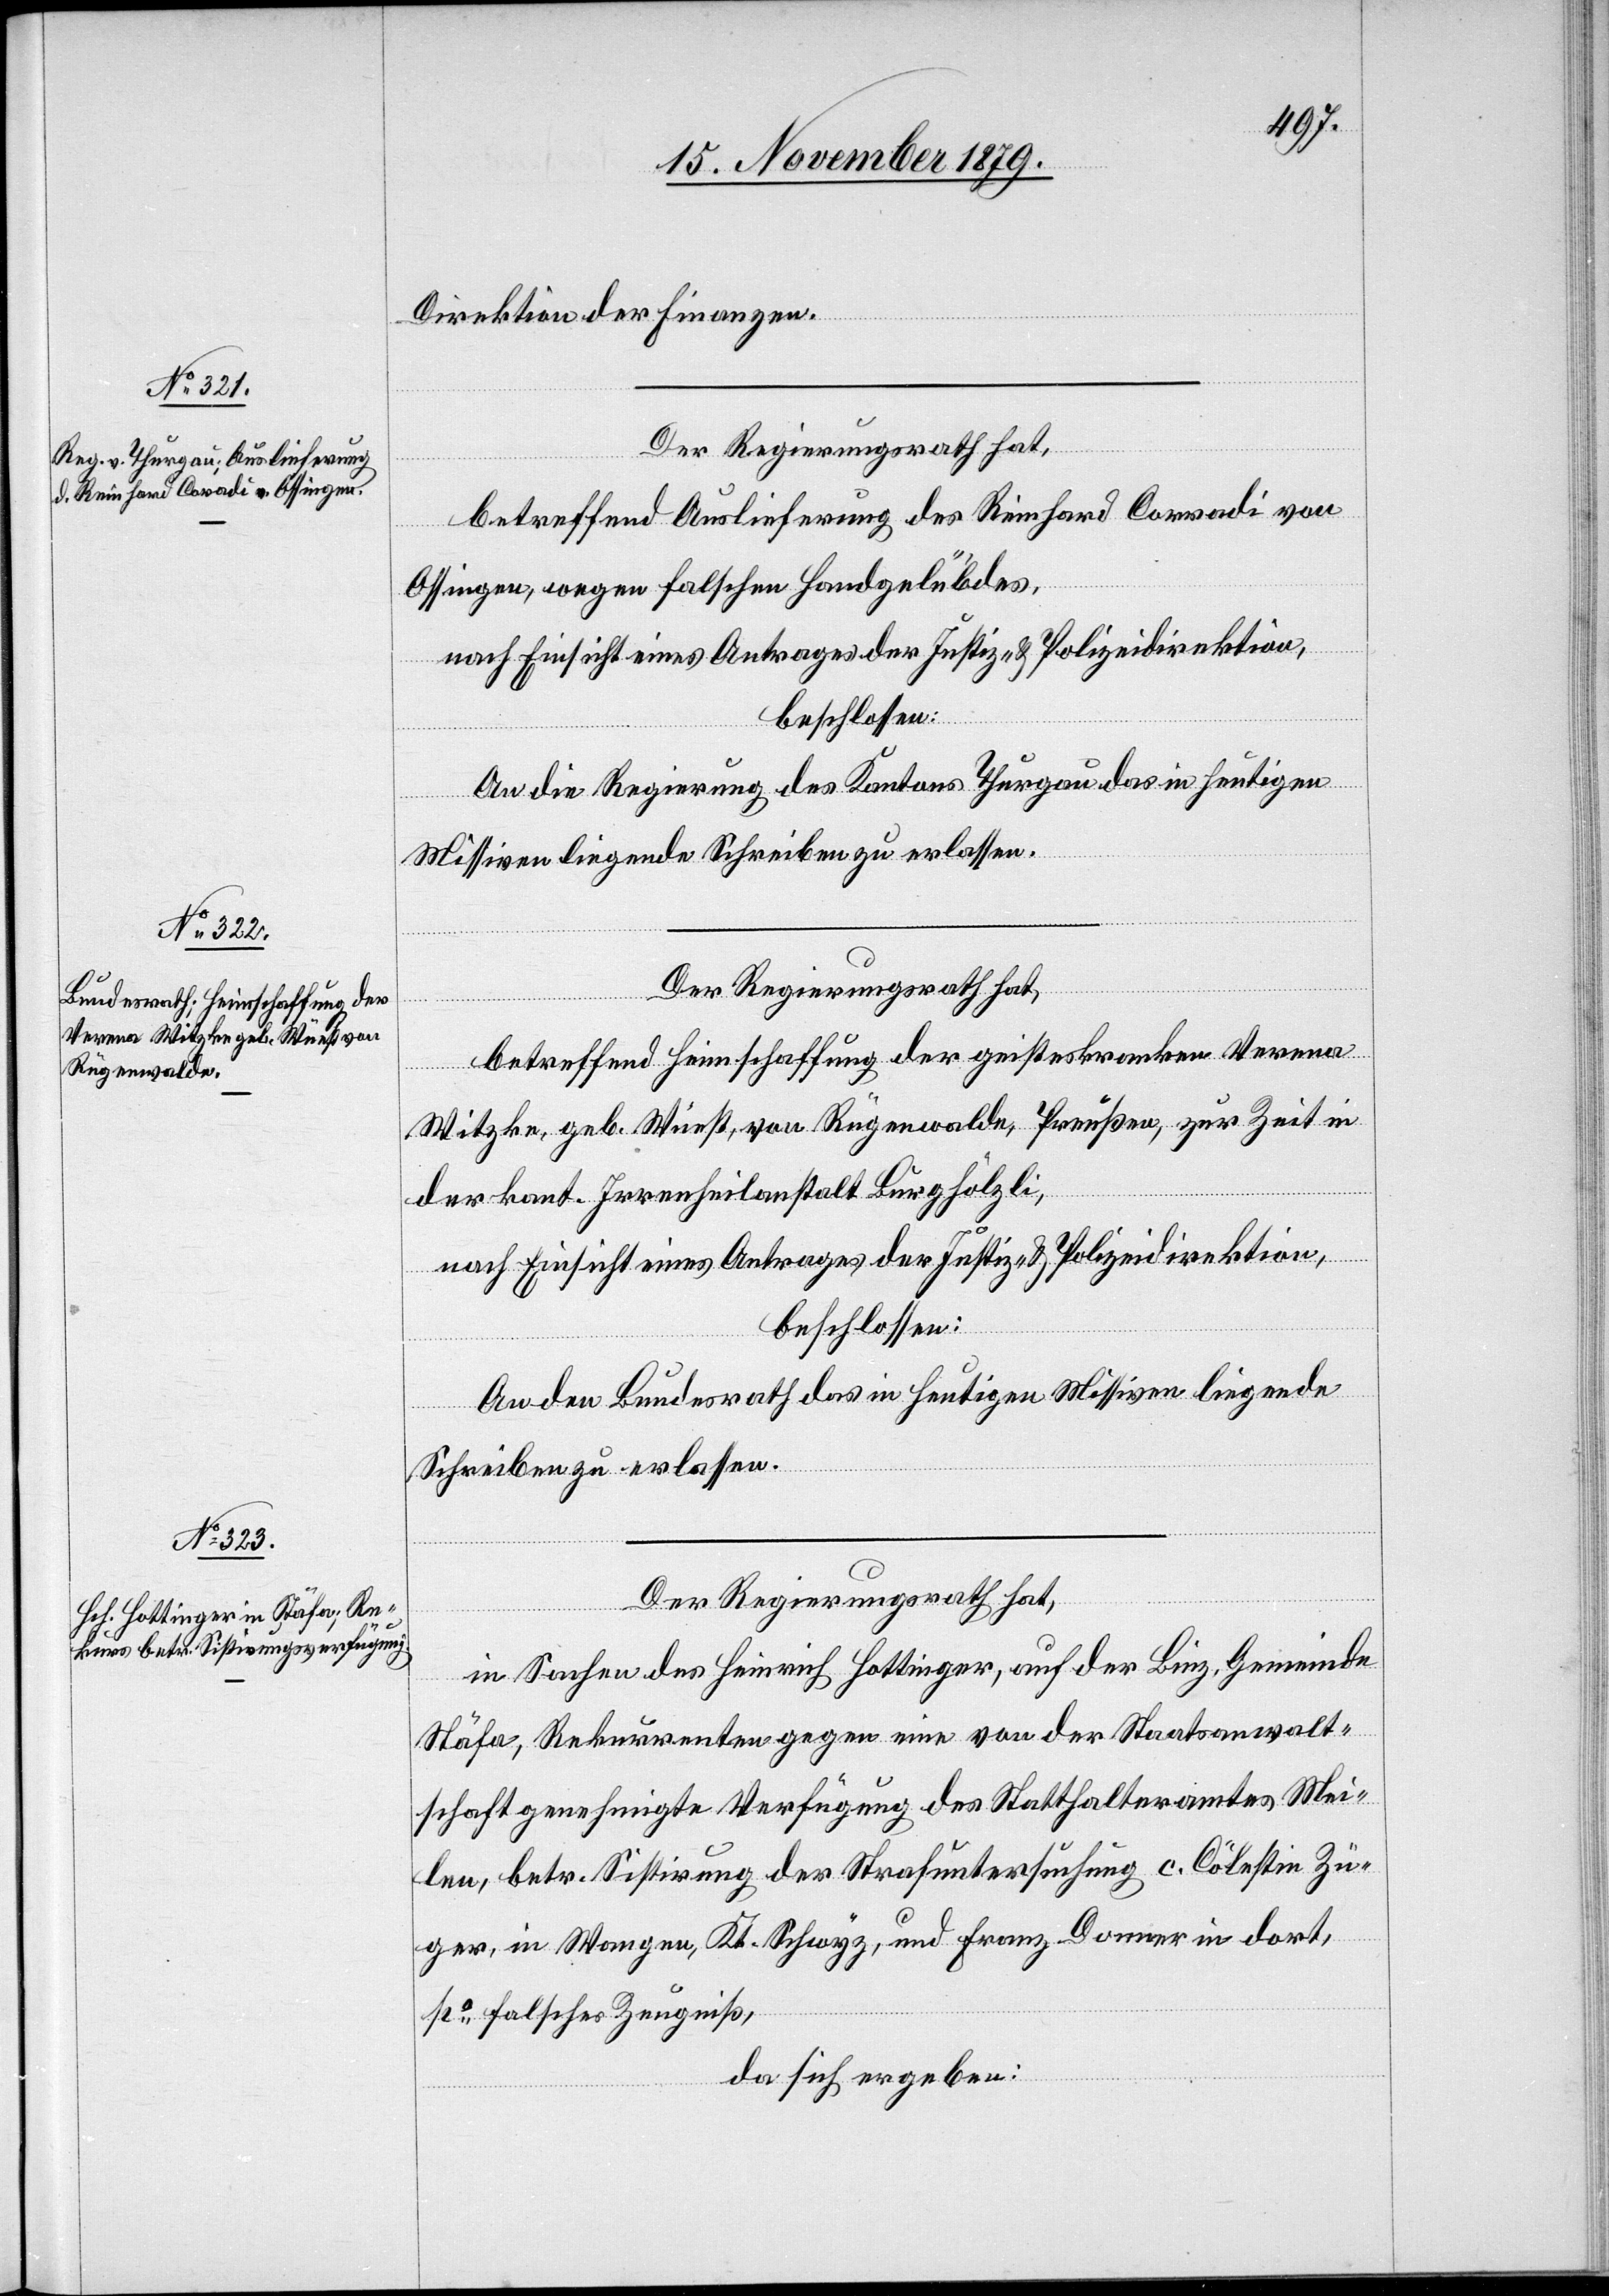
Direktion der Finanzen.
Der Regierungsrath hat,
betreffend Auslieferung des Reinhard Corradi
Ossingen, wegen falschen Handgelübdes,
nach Einsicht eines Antrages der Justiz- & Polizeidirektion,
beschlossen:
An die Regierung des Kantons Thurgau das in heutigen
von
Missiven liegende Schreiben zu erlassen.
Der Regierungsrath hat,
betreffend Heimschaffung der geisteskranken Verena
Witzke, geb. Wüest, von Rügenwalde, Preußen, zur Zeit in
der kant. Irrenheilanstalt Burghölzli,
An den Bundesrath das in heutigen Missiven liegende
Schreiben zu erlassen.
Der Regierungsrath hat,
in Sachen des Heinrich Hottinger, auf der Linz, Gemeinde
Stäfa, Rekurrenten gegen eine von der Staatsanwalt¬
schaft genehmigte Verfügung des Statthalteramtes Mei¬
len, betr. Sistirung der Strafuntersuchung v. Cölestin Zü¬
ger, in Wangen, Kt. Schwyz, und Franz Donner in dort,
po falsches Zeugniß,
da sich ergeben: